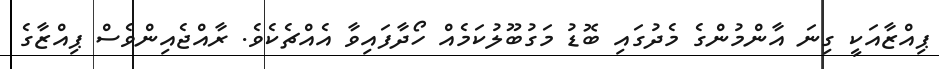
ޕިއްޒާއަކީ ގިނަ އާންމުންގެ މެދުގައި ބޮޑު މަގުބޫލުކަމެއް ހޯދާފައިވާ އެއްޗެކެވެ. ރާއްޖެއިންވެސް ޕިއްޒާގެ